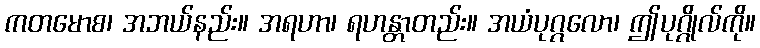
ကတမောစ၊ အဘယ်နည်း။ အရဟာ၊ ရဟန္တာတည်း။ အယံပုဂ္ဂလော၊ ဤပုဂ္ဂိုလ်ကို။